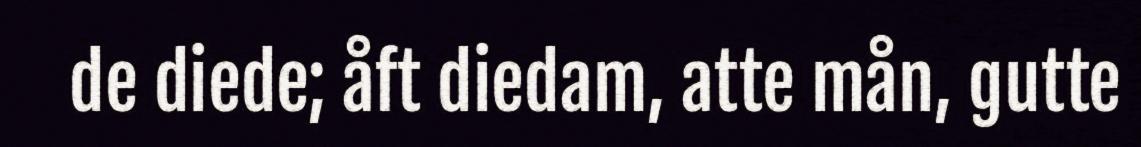
de diede; åft diedam, atte mån, gutte